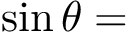
\sin \theta =